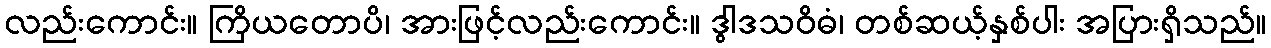
လည်းကောင်း။ ကြိယတောပိ၊ အားဖြင့်လည်းကောင်း။ ဒွါဒသဝိဓံ၊ တစ်ဆယ့်နှစ်ပါး အပြားရှိသည်။